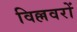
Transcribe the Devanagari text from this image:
विल्लवरों